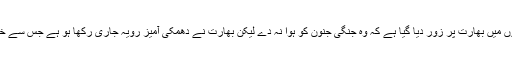
پاکسستان کیجانب سے حالیہ دنوں میں بھارت پر زور دیا گیا ہے کہ وہ جنگی جنون کو ہوا نہ دے لیکن بھارت نے دھمکی آمیز رویہ جاری رکھا ہو ہے جس سے خطّے میں کشیدگی بڑھ رہی ہے۔